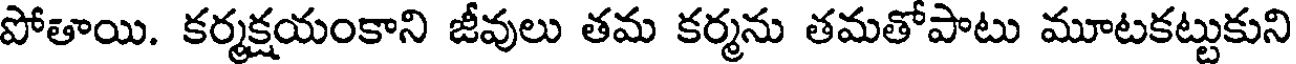
పోతాయి. కర్మక్షయంకాని జీవులు తమ కర్మను తమతోపాటు మూటకట్టుకుని